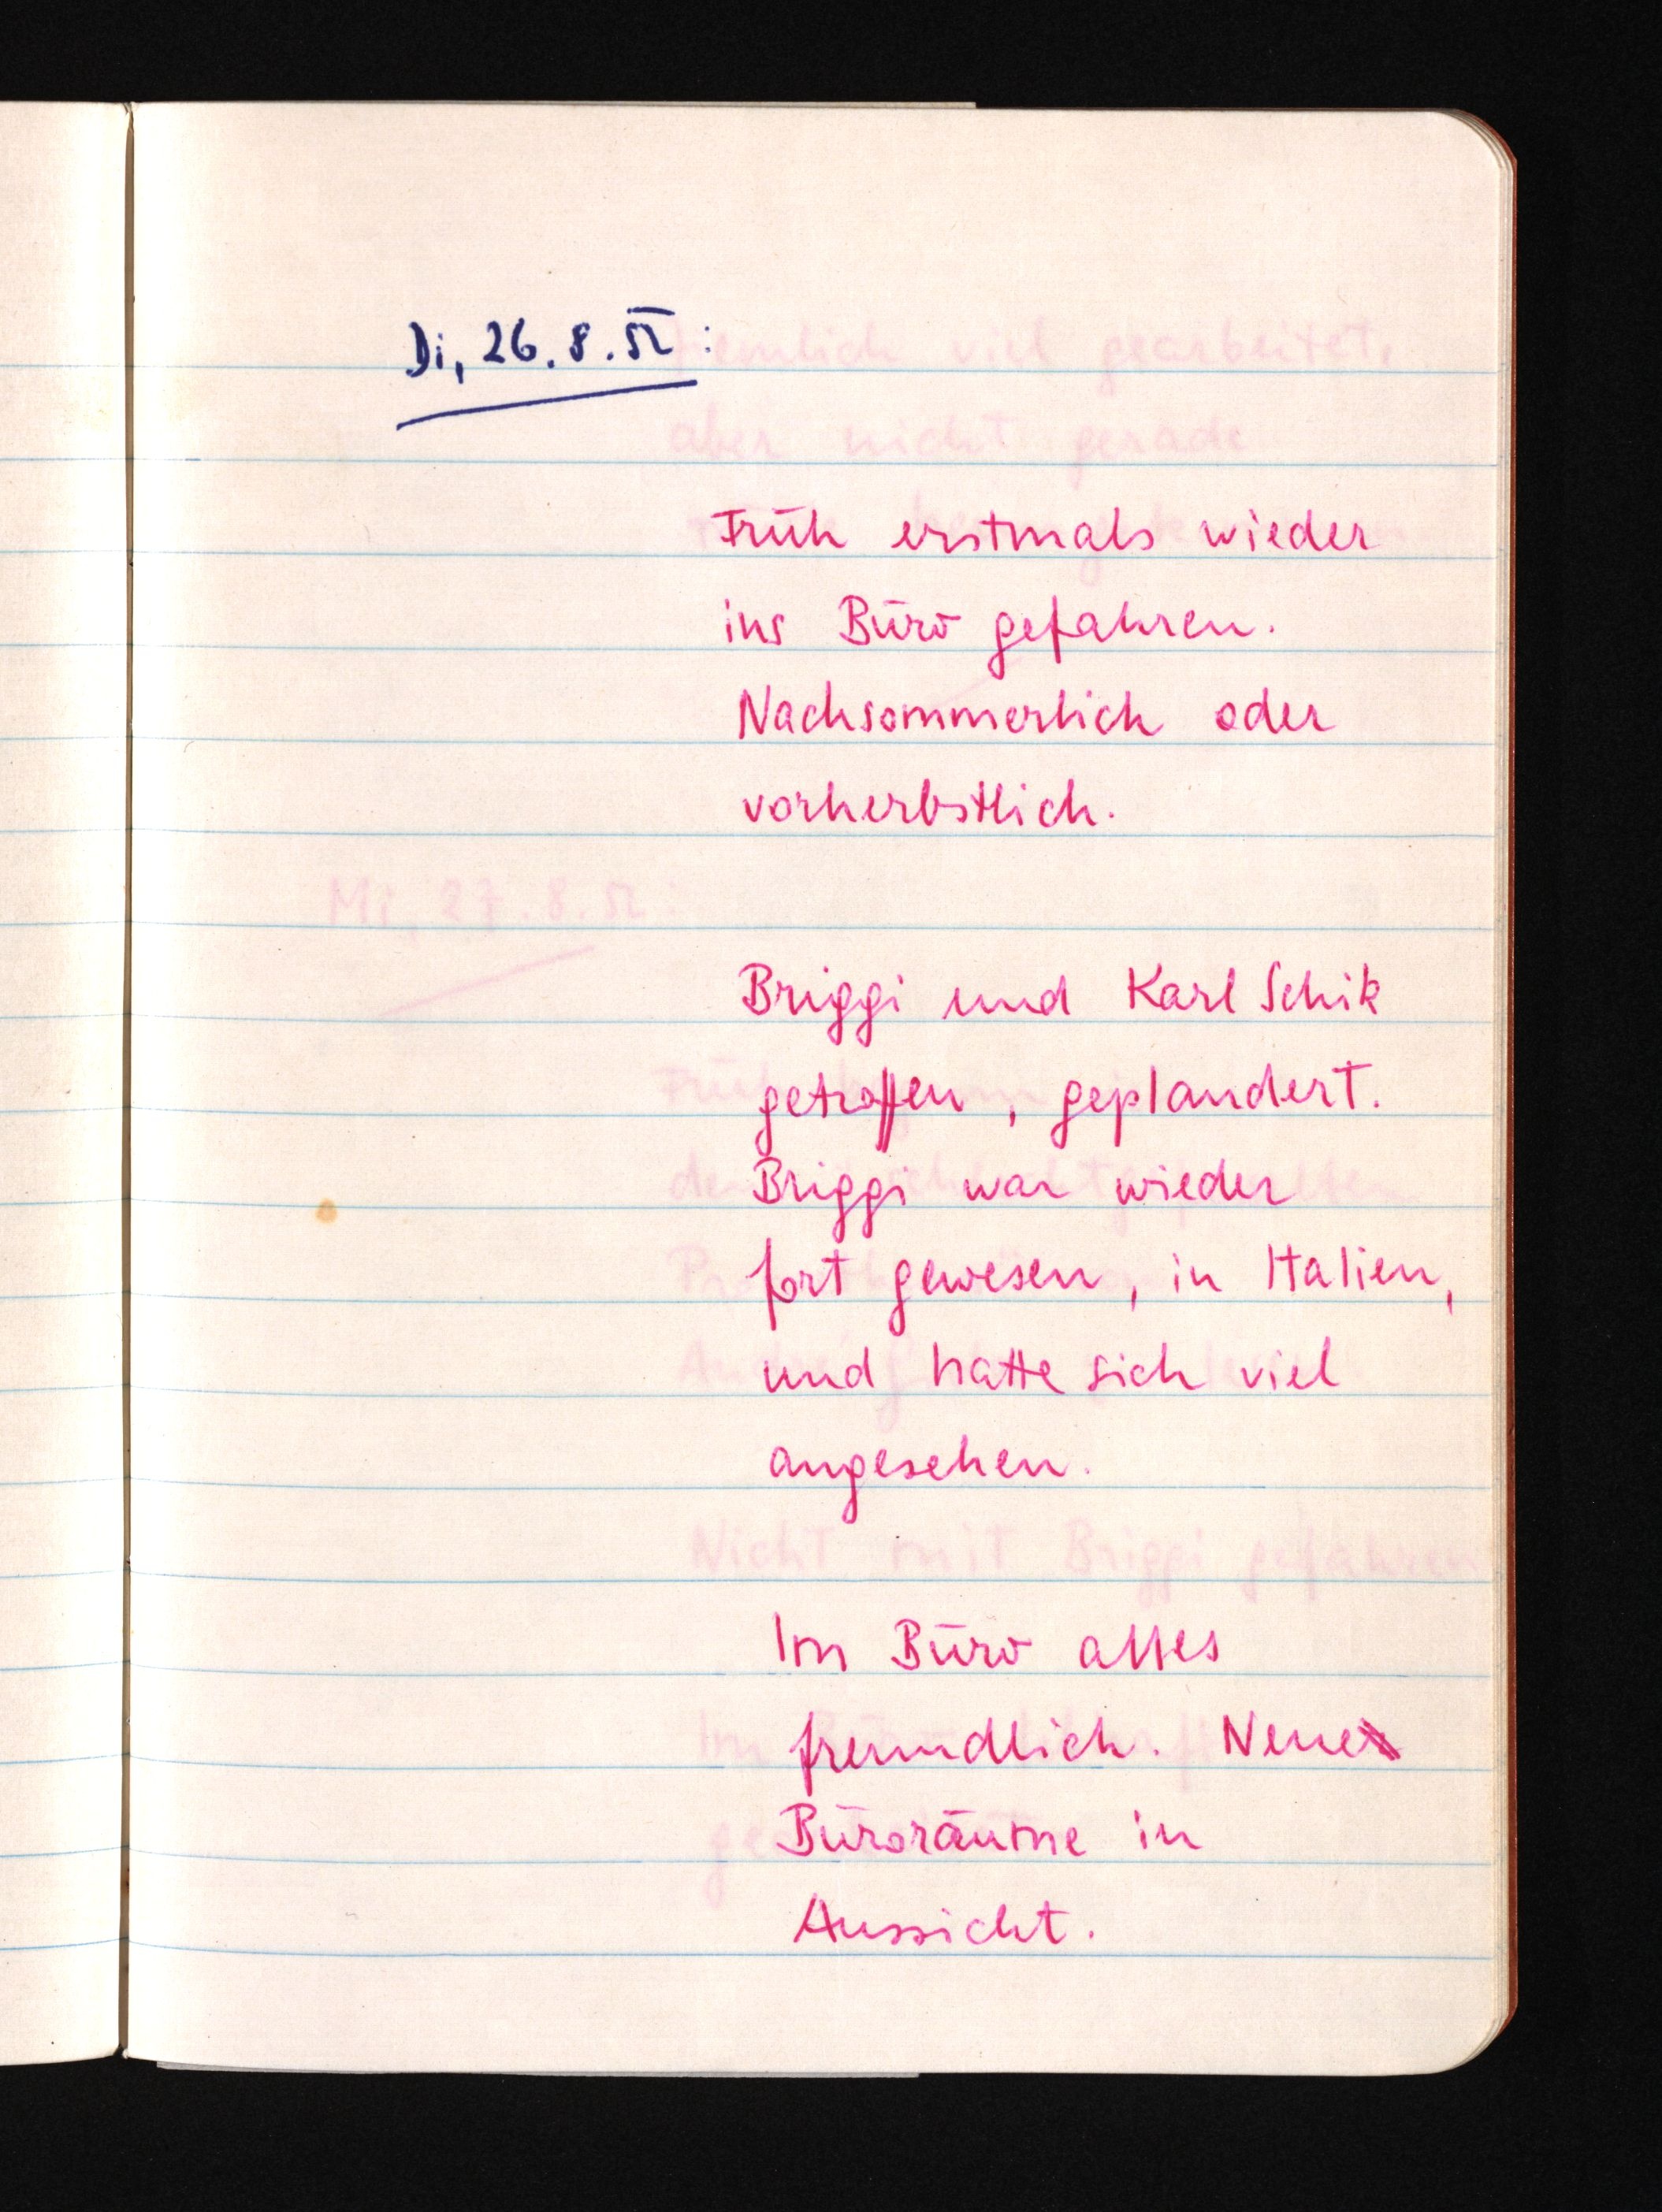
Di, 26.8.52:
Früh erstmals wieder
ins Büro gefahren.
Nachsommerlich oder
vorherbstlich.
Briggi und Karl Schik
getroffen, geplaudert.
Briggi war wieder
fort gewesen, in Italien,
und hatte sich viel
angesehen.
Im Büro alles
freundlich. Neuer
Büroräume in
Aussicht.